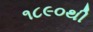
૧૮૯૦થી